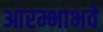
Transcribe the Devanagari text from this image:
आरम्भाभवे